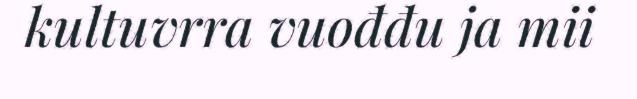
kultuvrra vuođđu ja mii